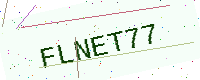
Text: FLNET77